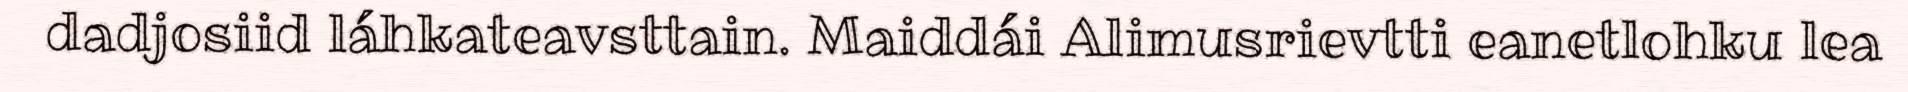
dadjosiid láhkateavsttain. Maiddái Alimusrievtti eanetlohku lea